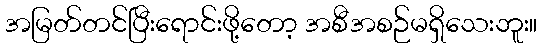
အမြတ်တင်ပြီးရောင်းဖို့တော့ အစီအစဉ်မရှိသေးဘူး။